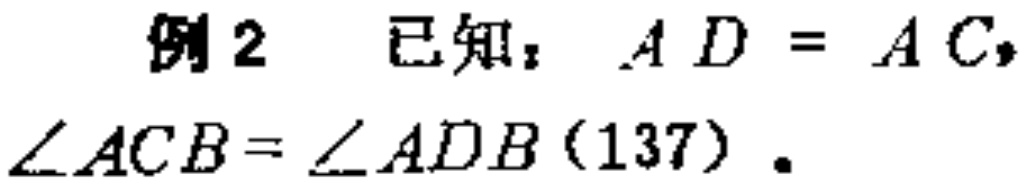
例2 已知：$AD = AC$，$\angle ACB=\angle ADB(137)$．